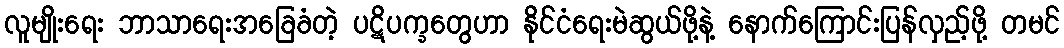
လူမျိုးရေး ဘာသာရေးအခြေခံတဲ့ ပဋိပက္ခတွေဟာ နိုင်ငံရေးမဲဆွယ်ဖို့နဲ့ နောက်ကြောင်းပြန်လှည့်ဖို့ တမင်